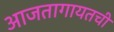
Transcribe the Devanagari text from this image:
आजतागायतची